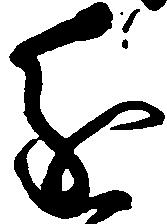
進